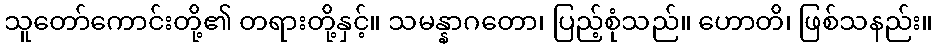
သူတော်ကောင်းတို့၏ တရားတို့နှင့်။ သမန္နာဂတော၊ ပြည့်စုံသည်။ ဟောတိ၊ ဖြစ်သနည်း။